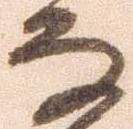
な